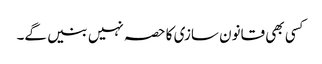
کسی بھی قانون سازی کا حصہ نہیں بنیں گے۔